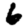
Digit: 6